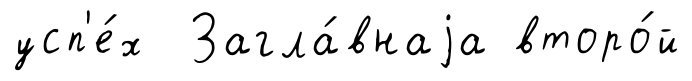
усп'е́х Загла́внаjа второ́й